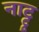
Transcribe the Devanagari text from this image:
नाट्टू